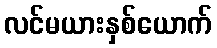
လင်မယားနှစ်ယောက်